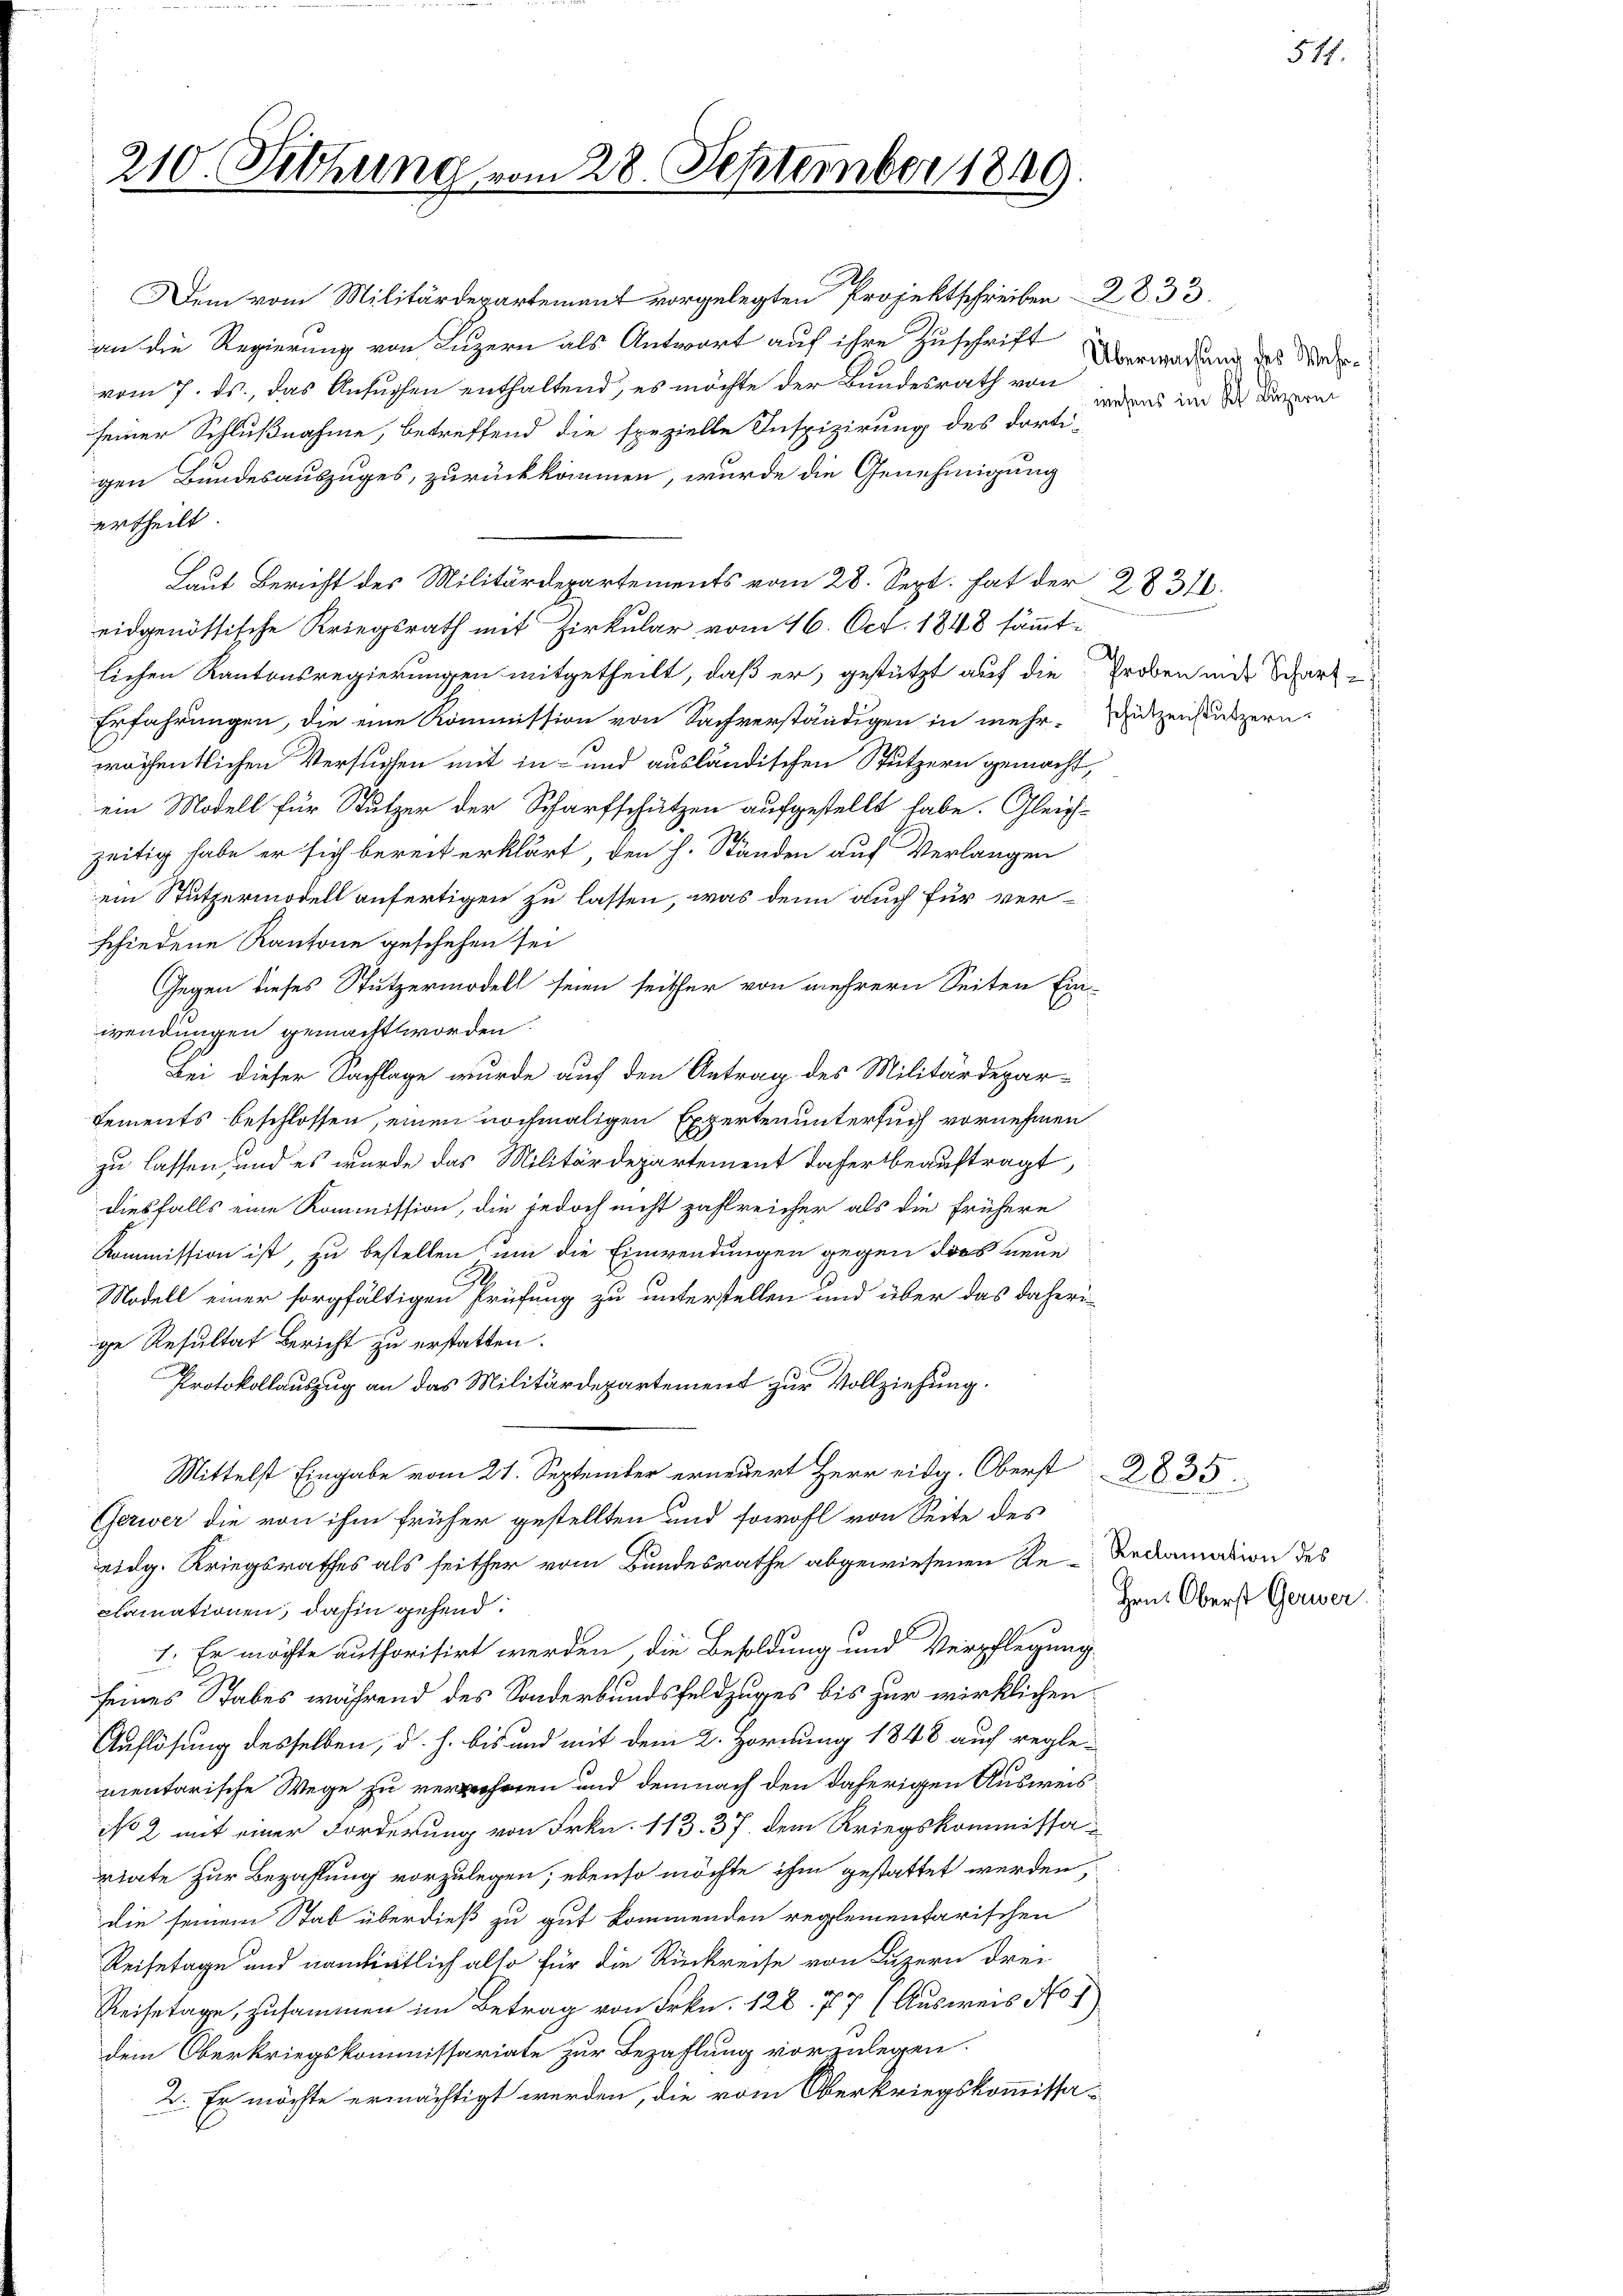
210. Sitzung vom 28. September 1849.

.
an die Regierung von Luzern als Antwort auf ihre Zuschrift dara
vom 7. ds., das Ansuchen enthaltend, es möchte der Bundesrath von
wesens
seiner Schlußnahme, betreffend die spezielle Inspizirung des dortigen Bundesauszuges, zurückkommen, wurde die Genehmigung
ertheilt.
Laut Bericht des Militärdepartements vom 28. Sept. hat der 2831.
eidgenössische Kriegsrath mit Zirkular vom 16. Oct. 1848 sämmtlichen Kantonsregierungen mitgetheilt, daß er, gestützt auf die Proben und Scharz¬
Erfahrungen, die eine Kommission von Sachverständigen in mehr Dutzenstützern.
wöchentlichen Versuchen mit in und ausländischen Stutzern gemacht,
ein Modell für Stutzer der Scharfschützen aufgestellt habe. Gleich-
zeitig habe er sich bereit erklärt, den h. Ständen auf Verlangen
ein Stützermodell anfertigen zu lassen, was denn auch für verschiedene Kantone geschehen sei
Gegen dieses Stutzermodell seien seither von mehrern Seiten Ein-
wendungen gemacht worden
Bei dieser Sachlage wurde auf den Antrag des Militärdepar-
Sements beschlossen, einen nochmaligen Experten untersuch vornehmen
zu lassen, und es wurde das Militärdepartement daher beauftragt,
diesfalls eine Kommission, die jedoch nicht zahlreicher als die frühere
Kommission ist, zu bestellen um die Einwendungen gegen dies neue
Modell einer sorgfältigen Prüfung zu unterstellen und über das daherige Resultat Bericht zu erstatten.
Protokollauszug an das Militärdepartement zur Vollziehung.
Mittelst Eingabe vom 21. September erneuert Herr eidg. Oberst 2835
Gerwer die von ihm früher gestellten und sowohl von Seite des
eidg. Kriegsrathes als seither vom Bundesrathe abgewiesenen Re-Reclamation des
clamationen, dahin gehend:
1. Er möchte authorisirt werden, die Besoldung und Verpflegung
seines Stabes während des Sonderbundsfeldzuges bis zur wirklichen
Auflösung desselben, d. h. bis und mit dem 2. Hornung 1848 auf reglementarische Wege zu verehren und demnach den daherigen Ausweis
No 2 mit einer Forderung von Frkn. 113. 37. dem Kriegskommissartate zur Bezahlung vorzulegen; ebenso möchte ihm gestattet werden,
die seinem Stab überdieß zu gut kommenden reglementarischen
Reisetage und namliätlich also für die Rückreise von Luzern drei
Reisetage, zusammen im Betrag von Frkn. 128. 77 (Ausweis No 1
dem Oberkriegskommissariate zur Bezahlung vorzulegen.
2. Er möchte ermächtigt werden, die vom Oberkriegskommissa¬

Hrn. Oberst Gerwer

achung des Wehr-I
im St. Luzern

514.